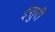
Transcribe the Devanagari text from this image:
इंसुरी